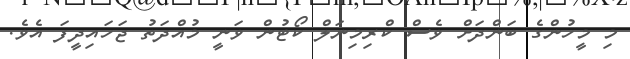
މި މީހުންގެ ބަންދަށް ވެސް ކްރިމިނަލް ކޯޓުން ވަނީ މުއްދަތު ޖަހައިދީފަ އެވެ.